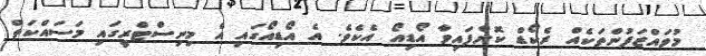
މުވައްޒަފުންތަކެއް ރެކޯޑް ކޮށްފައިވާ އޯޑިއޯ އެކެވެ. އެ އޯޑިއޯގައި އެ މިނިސްޓްރީގައި މަސައްކަތް